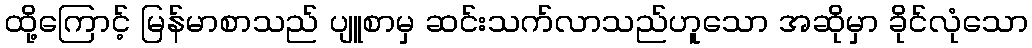
ထို့ကြောင့် မြန်မာစာသည် ပျူစာမှ ဆင်းသက်လာသည်ဟူသော အဆိုမှာ ခိုင်လုံသော